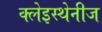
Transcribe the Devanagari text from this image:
क्लेइस्थेनीज